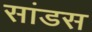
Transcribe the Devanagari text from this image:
सांडस